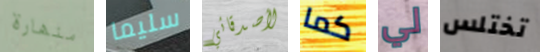
منهارة سليما لأصدقائي كما لي تختلس